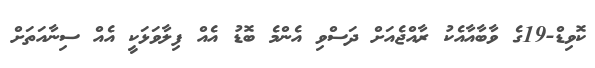
ކޮވިޑް-19ގެ ވާބާއާއެކު ރާއްޖެއަށް ދަސްވި އެންމެ ބޮޑު އެއް ފިލާވަޅަކީ އެއް ސިނާއަތަށް